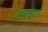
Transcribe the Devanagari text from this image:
लम्बाइयां